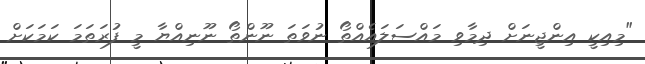
"މިއިކީ އިންޖީނަށް ދިމާވި މައްސަލައެއްތޯ ނުވަތަ ނޫންތޯ ނޫނިއްޔާ މީ ފުރަތަމަ ކަމަކަށް